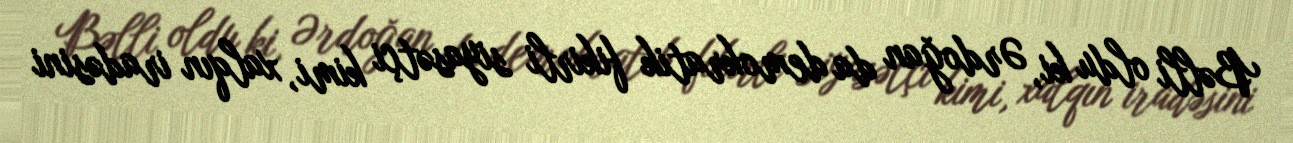
Bəlli oldu ki, Ərdoğan da demokratik fikirli siyasətçi kimi, xalqın iradəsini